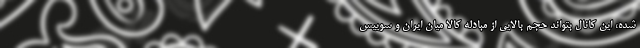
شده، این کانال بتواند حجم بالایی از مبادله کالا میان ایران و سوییس